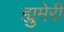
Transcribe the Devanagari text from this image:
ह्युमेरी